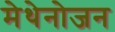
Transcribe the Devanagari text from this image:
मेथेनोजन